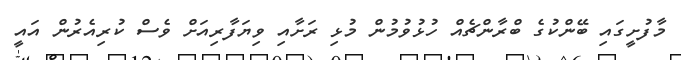
މާފުށީގައި ބޭންކުގެ ބްރާންޗެއް ހުޅުވުމުން މުޅި ރަށާއި ވިޔަފާރިއަށް ވެސް ކުރިއެރުން އައީ